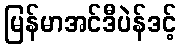
မြန်မာအင်ဒီပဲန်ဒင့်